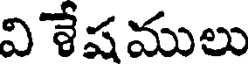
విశేషములు